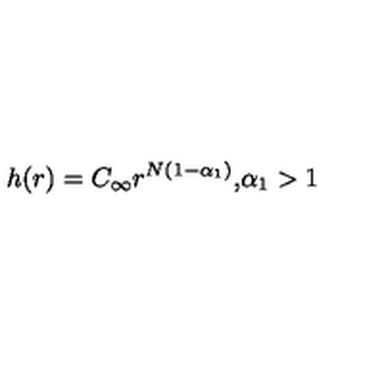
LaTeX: h ( r ) = C _ { \infty } r ^ { N ( 1 - \alpha _ { 1 } ) } \mathrm { , } \alpha _ { 1 } > 1